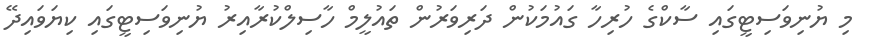
މި ޔުނިވަސިޓީގައި ސާކްގެ ހުރިހާ ގައުމަކުން ދަރިވަރުން ތައުލީމް ހާސިލްކުރާއިރު ޔުނިވަސިޓީގައި ކިޔަވައިދޭ